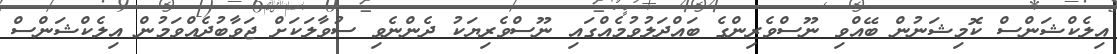
އިލެކްޝަންސް ކޮމިޝަނުން ބޭއްވި ނޫސްވެރިންގެ ބައްދަލުވުމެއްގައި ނޫސްވެރިޔަކު ދެންނެވި ސުވާލަކަށް ޖަވާބުދެއްވަމުން އިލެކްޝަންސް